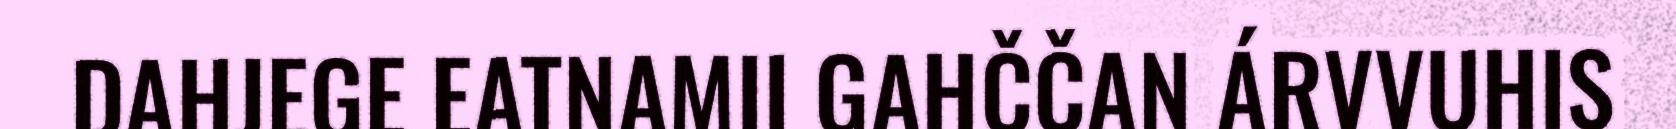
DAHJEGE EATNAMII GAHČČAN ÁRVVUHIS